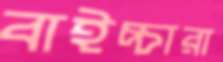
বাইচ্চারা